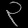
Digit: ၃